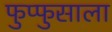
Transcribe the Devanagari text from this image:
फुप्फुसाला